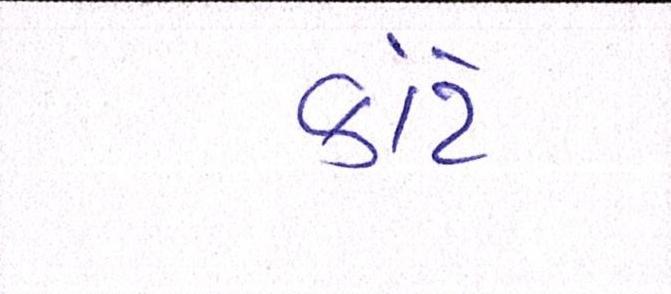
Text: કાંટે